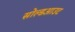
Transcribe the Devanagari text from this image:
सोल्डआउट